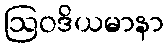
ဩဝဒိယမာနာ